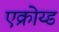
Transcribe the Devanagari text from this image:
एक्रोय्ड